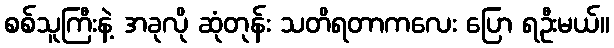
စစ်သူကြီးနဲ့ အခုလို ဆုံတုန်း သတိရတာကလေး ပြော ရဦးမယ်။